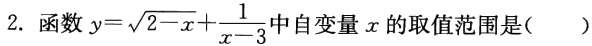
2. 函数\(y = \sqrt{2 - x} + \frac{1}{x - 3}\)中自变量\(x\)的取值范围是( )